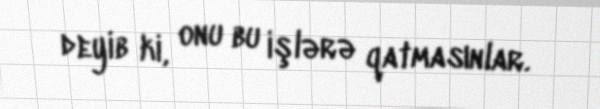
deyib ki, onu bu işlərə qatmasınlar.